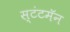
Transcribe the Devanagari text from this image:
स्टंटमॅन